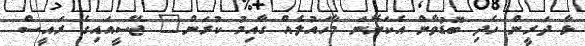
ޅާ ދަރީން ހެދި ބޮޑުވާން އެކަށޭނަ މާހައުލެއް ގާއިމު ކުރަން" ޖޭސީއައިގެ ރައީސް